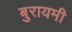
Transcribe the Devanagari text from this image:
बुरायमी